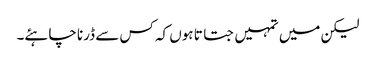
لیکن میں تمہیں جتاتا ہوں کہ کس سے ڈرنا چاہئے۔